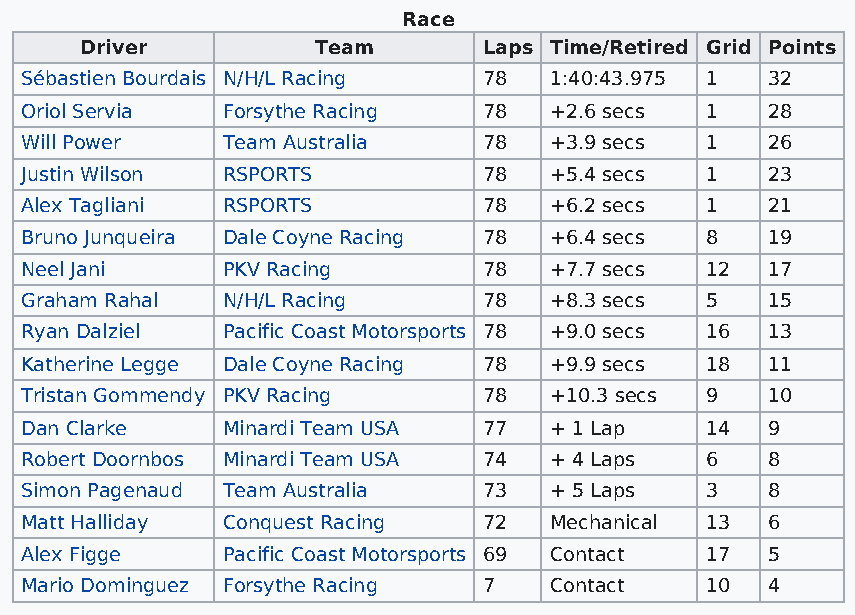
Race
 Driver          Team       Laps Time/Retired Grid Points
 Sébastien Bourdais N/H/L Racing 78 1:40:43.975 1  32
 Oriol Servia  Forsythe Racing  78  +2.6 secs  1   28
 Will Power    Team Australia   78  +3.9 secs  1   26
 Justin Wilson RSPORTS          78  +5.4 secs  1   23
 Alex Tagliani RSPORTS          78  +6.2 secs  1   21
 Bruno Junqueira Dale Coyne Racing 78 +6.4 secs 8  19
 Neel Jani     PKV Racing       78  +7.7 secs  12  17
 Graham Rahal  N/H/L Racing     78  +8.3 secs  5   15
 Ryan Dalziel  Pacific Coast Motorsports 78 +9.0 secs 16 13
 Katherine Legge Dale Coyne Racing 78 +9.9 secs 18 11
 Tristan Gommendy PKV Racing    78  +10.3 secs 9   10
 Dan Clarke    Minardi Team USA 77  + 1 Lap    14  9
 Robert Doornbos Minardi Team USA 74 + 4 Laps  6   8
 Simon Pagenaud Team Australia  73  + 5 Laps   3   8
 Matt Halliday Conquest Racing  72  Mechanical 13  6
 Alex Figge    Pacific Coast Motorsports 69 Contact 17 5
 Mario Dominguez Forsythe Racing 7  Contact    10  4